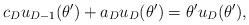
LaTeX: \begin{align*}c_D u_{D-1}(\theta')+a_D u_D(\theta')=\theta'u_D(\theta'),\end{align*}